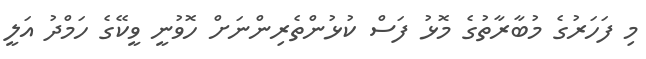
މި ފަހަރުގެ މުބާރާތުގެ މޮޅު ފަސް ކުޅުންތެރިންނަށް ހޮވުނީ ވީކޭގެ ހަމްދު އަލީ